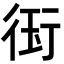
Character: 𭹊